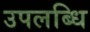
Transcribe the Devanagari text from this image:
उपलब्धि